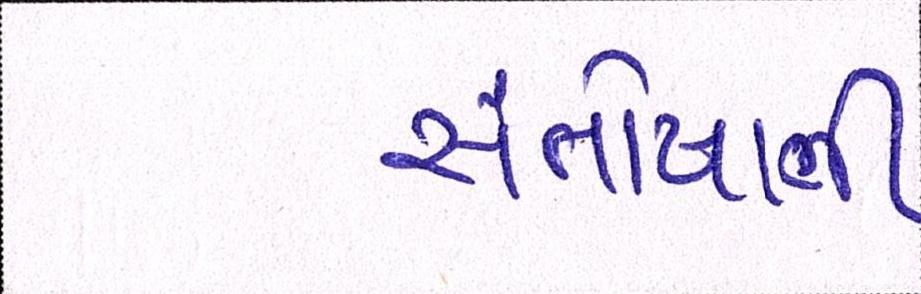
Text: સંતોષાતી